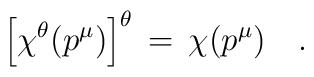
\left[\chi^\theta(p^\mu) \right]^\theta \,=\,\chi(p^\mu)\quad.